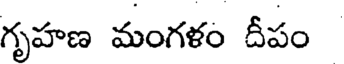
గృహణ మంగళం దీపం